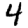
Digit: 4